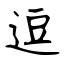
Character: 逗